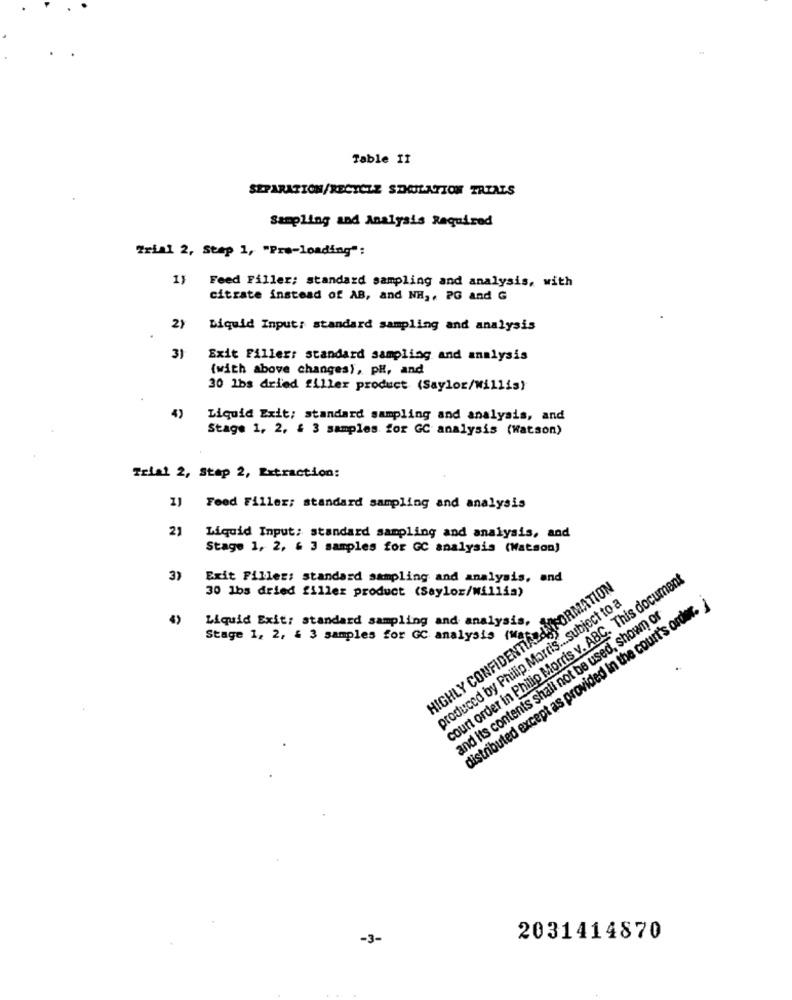
Table 11
SEPARATION/RECTCZE SDOILATION TRIALS
Sampling and Analysis Required
Trial 2, Step 1, "Pre-Loading":
Feed Filler; standard sampling and analysis, with
citrate instead of AB, and NH ,, PG and G
2}
Liquid Input: standard sampling and analysis
3)
Exit Filler: standard sampling and analysis
(with above changes), pH, and
30 1bs dried filler product (Saylor/willis)
4)
Liquid Exit; standard sampling and analysis, and
Stage 1, 2, & 3 samples for GC analysis (Watson)
Trial 2, Stap 2, Extraction:
J Feed Filler; standard sampling and analysis
21
Liquid Input: standard sampling and analysis, and
Stage 1, 2, & 3 samples for GC analysis (Watson)
3)
Exit Filler: standard sampling and analysis, and
court order in Philip Morris v. ABC. This document
30 1bs dried filler product (Saylor/willis)
HIGHLY CONFIDENTIALINFORMATION
produced by Philip Morris ... subject to a
distributed except as provided in the court's order.
and its contents shall not be used, shown or
Liquid Exit: standard sampling and analysis,
Stage 1, 2, & 3 samples for GC analysis (Mar
-3-
2031414870